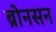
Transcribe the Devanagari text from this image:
ब्रोनसन